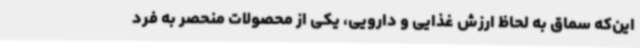
این‌که سماق به لحاظ ارزش غذایی و دارویی، یکی از محصولات منحصر به فرد